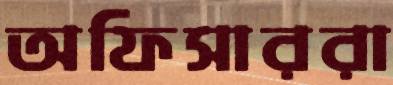
অফিসাররা